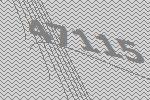
47115